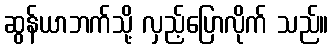
ဆွန်ယာဘက်သို့ လှည့်ပြောလိုက် သည်။